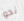
نحو